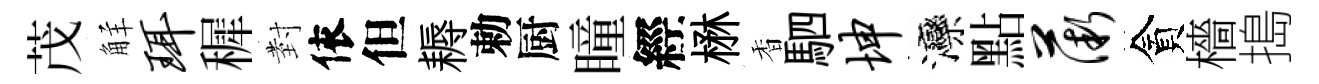
茂觧珥穉𭔹依但耨勅厨瞳經楙香駟坤灤點薇貪檣搗